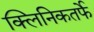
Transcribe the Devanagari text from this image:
क्‍लिनिकतर्फे